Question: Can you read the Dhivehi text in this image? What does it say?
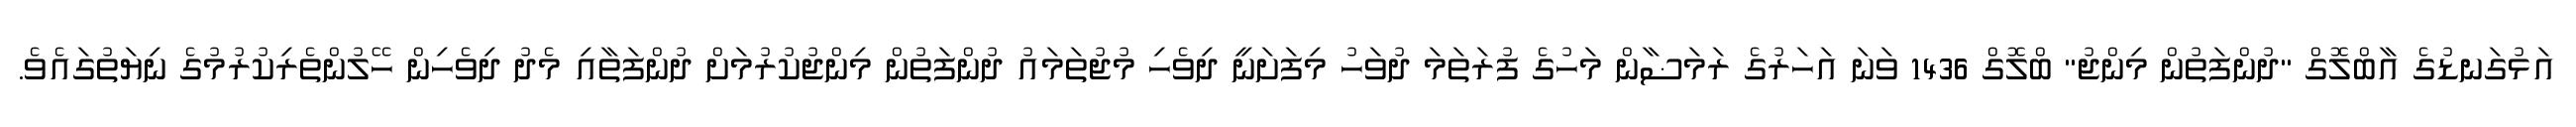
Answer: އަޅުގަނޑުގެ އާބްލޮގް "ދުންފަތުން މިންޖު" ބްލޮގް 1436 ވަނަ އަހަރުގެ ރަމަޟާން މަހުގެ ފުރަތަމަ ދުވަހު މިފަށަނީ ދިވެހި މުޖުތަމައު ދުންފަތުން މިންޖުކުރުމަށް ދުންފަތާއި މެދު ދިވެހިން ހޭލުންތެރިކުރުމުގެ ނިޔަތުގައެވެ.